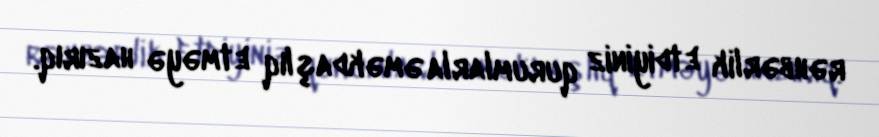
rəhbərlik etdiyiniz qurumlarla əməkdaşlıq etməyə hazırıq.